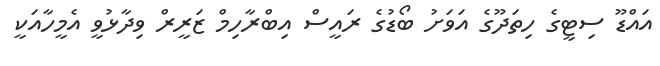
އައްޑޫ ސިޓީގެ ހިތަދޫގެ އަވަށު ބޯޑުގެ ރައީސް އިބްރާހިމް ޒަރީރް ވިދާޅުވީ އެމީހާއަކީ